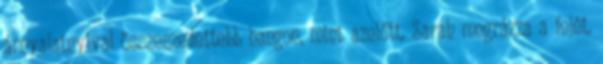
árnyalatnyival összeszedettebb hangon, mint azelőtt. Sarah megrázza a fejét.